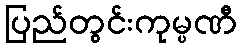
ပြည်တွင်းကုမ္ပဏီ